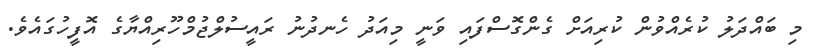
މި ބައްދަލު ކުރެއްވުން ކުރިއަށް ގެންގޮސްފައި ވަނީ މިއަދު ހެނދުނު ރައީސުލްޖުމްހޫރިއްޔާގެ އޮފީހުގައެވެ.